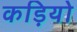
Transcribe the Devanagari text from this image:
कड़ियो